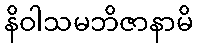
နိဝါသမဘိဇာနာမိ